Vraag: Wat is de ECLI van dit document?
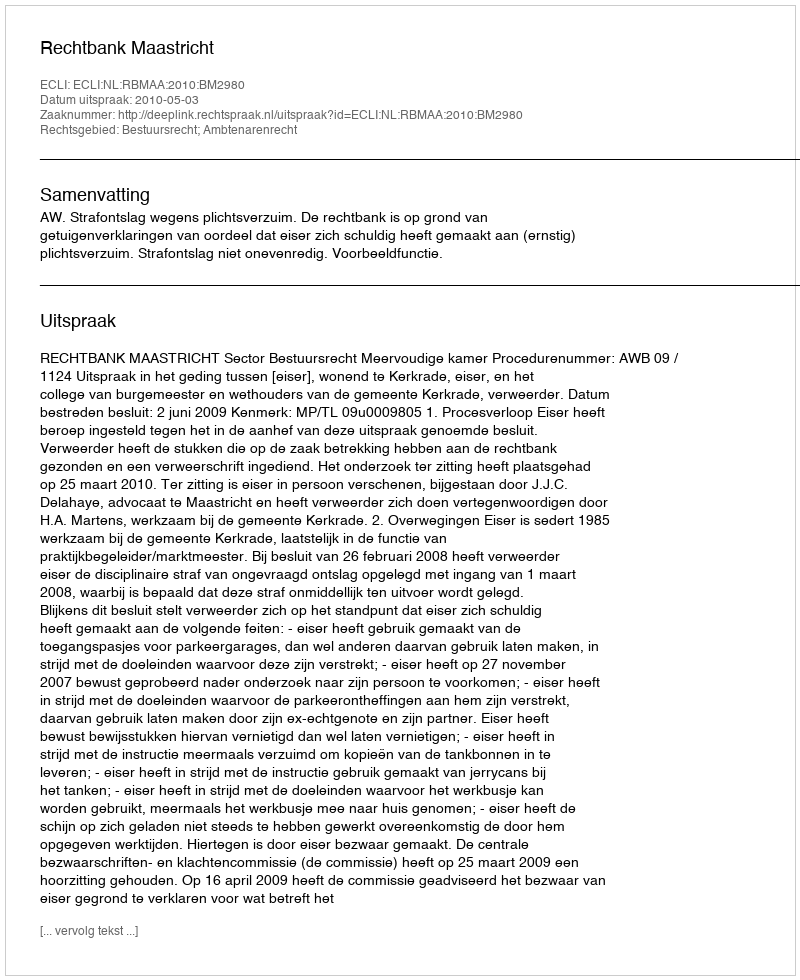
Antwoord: ECLI:NL:RBMAA:2010:BM2980